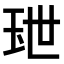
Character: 𤤙